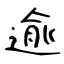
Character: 逾